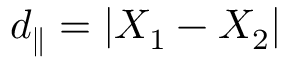
d _ { \parallel } = | X _ { 1 } - X _ { 2 } |